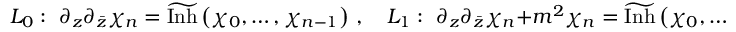
{ \cal L } _ { 0 } : \, \, \partial _ { z } \partial _ { \bar { z } } \chi _ { n } = \widetilde { \mathrm { I n h } } \left( \chi _ { 0 } , \ldots , \chi _ { n - 1 } \right) \, , \quad { \cal L } _ { 1 } : \, \, \partial _ { z } \partial _ { \bar { z } } \chi _ { n } + m ^ { 2 } \chi _ { n } = \widetilde { \mathrm { I n h } } \left( \chi _ { 0 } , \ldots , \chi _ { n - 1 } \right) \, .